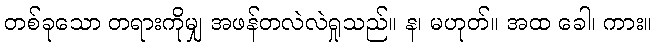
တစ်ခုသော တရားကိုမျှ အဖန်တလဲလဲရှုသည်။ န၊ မဟုတ်။ အထ ခေါ၊ ကား။